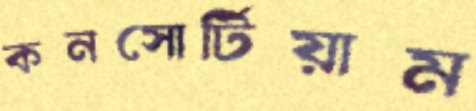
কনসোর্টিয়াম